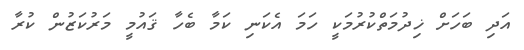
އަދި ބަހަށް ޚިދުމަތްކުރުމަކީ ހަމަ އެކަނި ކަމާ ބެހާ ޤައުމީ މަރުކަޒުން ކުރާ